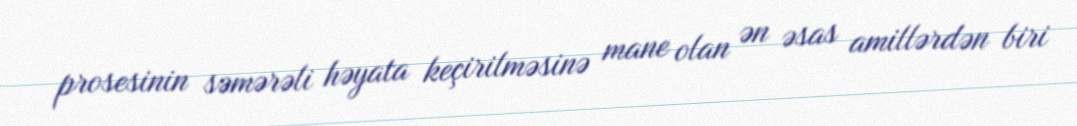
prosesinin səmərəli həyata keçirilməsinə mane olan ən əsas amillərdən biri